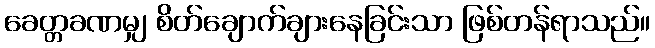
ခေတ္တခဏမျှ စိတ်ချောက်ချားနေခြင်းသာ ဖြစ်တန်ရာသည်။